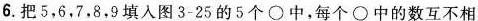
6.把5，6，7，8，9填入图3 - 25的5个\circ中，每个\circ中的数互不相